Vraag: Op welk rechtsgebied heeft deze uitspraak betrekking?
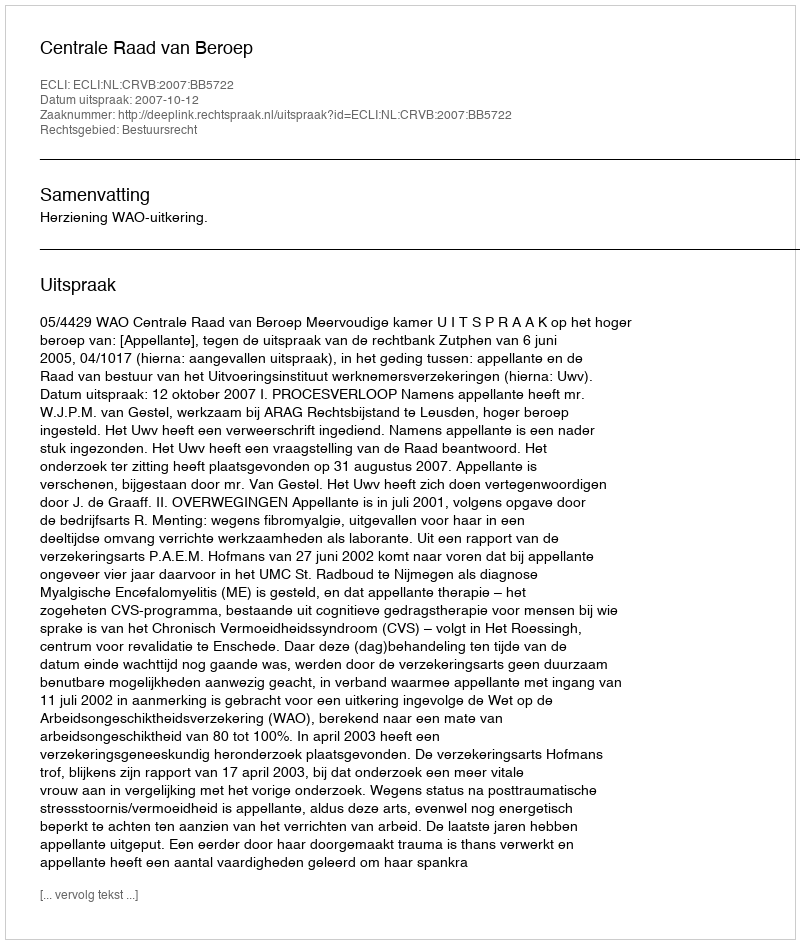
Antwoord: Bestuursrecht